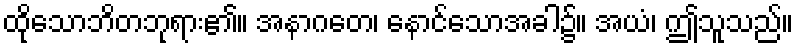
ထိုသောဘိတဘုရား၏။ အနာဂတေ၊ နောင်သောအခါ၌။ အယံ၊ ဤသူသည်။